Civil Veterinary Dept. Bombay admin report 1893-99 - 1893-1899
Year: 1893
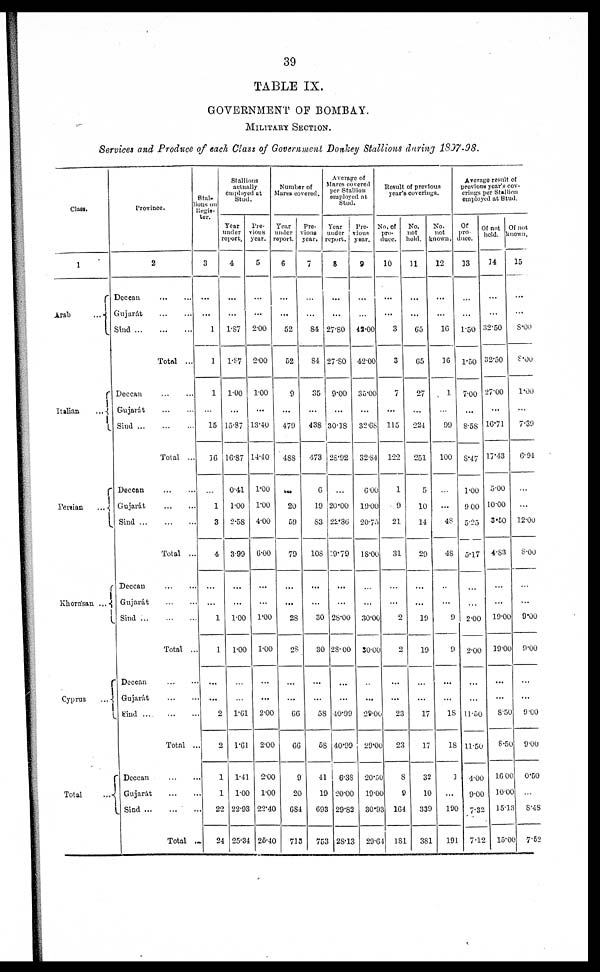
39
TABLE IX.
GOVERNMENT OF BOMBAY.
MILITARY SECTION.
Services and Produce of each Class of Government Donkey Stallions during 1897-98.
Class.
1
Arab ...
Italian
...
Persain
...
Khorasan
...
Cyprus ...
Total ...
Province.
2
Deccan ... ...
Gujarát
...
...
Sind
...
...
...
Total ...
Deccan ... ...
Gujarát ... ...
Sind
...
...
Total ...
Deccan
...
...
Gujarát ... ...
Sind
...
...
...
Total ...
Deccan
...
...
Gujarát
...
...
Sind ... ... ...
Total ...
Deccan
...
...
Gujarát
...
...
Sind ... ... ...
Total ...
Deccan ... ...
Gujarat ... ...
Sind
...
...
Total ...
Stal-
lions on
Regis-
ter.
3
...
...
1
1
1
...
15
16
...
1
3
4
...
...
1
1
...
...
2
2
1
1
22
24
Stallions
actually
employed at
Stud.
Year
under
report.
4
...
...
1.37
1.87
1.00
...
15.87
16.87
0.41
1.00
2.58
3.99
...
...
1.00
1.00
...
...
1.61
1.61
1.41
1.00
22.93
25.34
Pre-
vious
year.
5
...
...
2.00
2.00
1.00
...
13.40
14.40
1.00
1.00
4.00
6.00
...
...
1.00
1.00
...
...
2.00
2.00
2.00
1.00
23.40
25.40
Number of
Mares covered.
Year
tinder
report.
6
...
...
52
52
9
...
479
488
...
20
59
79
...
...
28
28
...
...
66
66
9
20
684
713
Pre-
vious
year.
7
...
...
84
84
35
...
438
473
6
19
83
108
...
...
30
30
...
...
58
68
41
19
693
753
Average of
Mares covered
per Stallion
employed at
Stud.
Year
under
report.
8
...
...
27.80
27.80
9.00
...
30.38
28.92
...
20.00
22.86
19.79
...
...
28.00
28.00
...
...
40.99
40.99
6.38
20.00
29.82
28.13
Pre-
vious
year.
9
...
...
42.00
42.00
35.00
...
32.68
32.84
6.00
19.00
20.75
18.00
...
...
30.00
30.00
..
...
29.00
29.00
20.50
19.00
30.93
29.64
Result of previous
year's coverings.
No. of
pro-
duce.
10
...
...
3
3
7
...
115
122
1
9
21
31
...
...
2
2
...
...
23
23
8
9
164
181
No.
not
held.
11
...
...
65
65
27
...
224
251
5
10
14
29
...
...
19
19
...
...
17
17
32
10
339
381
No.
not
known.
12
...
...
16
16
1
...
99
100
...
...
48
48
...
...
9
9
...
...
18
18
3
...
190
191
Average result of
previous year's cov-
erings per Stallion
employed at Stud.
Of
pro-
duce.
13
...
...
1.50
1.50
7.00
...
8.58
8.47
1.00
9 00
5.25
5.17
...
...
2.00
2.00
...
...
11.50
11.50
4.00
9.00
7.32
7.12
Of not
held.
14
...
...
32.50
32.50
27.00
...
16.71
17.43
5.00
10.00
3.50
4.83
...
...
19.00
19.00
...
...
8.50
8.50
16 00
10.00
15.13
15.00
Of not
known.
15
...
...
8.00
8.00
1.00
...
7.39
8. 91
...
...
12.00
8.00
...
...
9.00
9.00
...
...
9.00
9.00
0.50
...
8.48
7.52